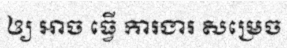
ឲ្យ អាច ធ្វើ ការងារ សម្រេច